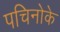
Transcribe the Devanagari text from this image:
पचिनोके